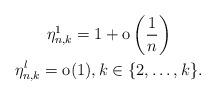
LaTeX: \begin{gather*}\eta_{n,k}^{1}=1+{\rm o}\left(\frac{1}{n}\right)\\\eta_{n,k}^{l}={\rm o}(1), k \in \{2, \ldots, k\}.\end{gather*}